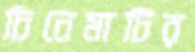
চিনেমাটির